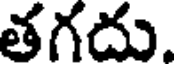
తగదు.